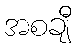
အစချီ